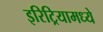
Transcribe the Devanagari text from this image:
इरिट्रियामध्ये